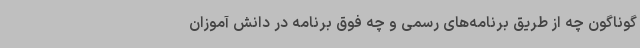
گوناگون چه از طریق برنامه‌های رسمی و چه فوق برنامه در دانش آموزان